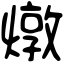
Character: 燉